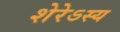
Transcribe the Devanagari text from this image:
शेरेऽस्य